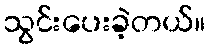
သွင်းပေးခဲ့တယ်။